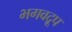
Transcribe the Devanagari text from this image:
भगवद्रूप